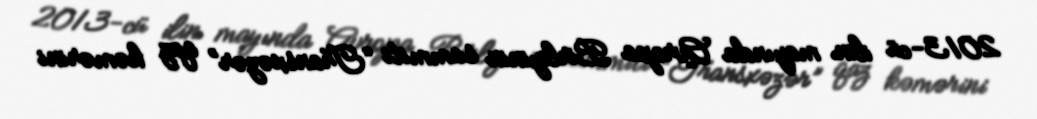
2013-cü ilin mayında Avropa Birliyinin sammiti “Transxəzər” qaz kəmərini